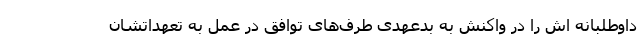
داوطلبانه اش را در واکنش به بدعهدی طرف‌های توافق در عمل به تعهداتشان